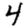
Digit: 4